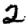
Digit: 2